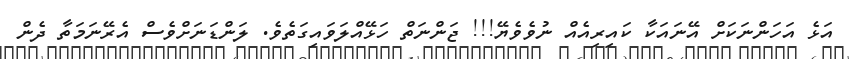
އަޅެ އަހަންނަކަށް އޭނައަކާ ކައިރިއެއް ނުވެވެޔޭ!!! ޖަންނަތް ހަޅޭއްލަވައިގަތެވެ. ލަންޑަނަށްވެސް އެރޭނަމަތާ ދެން